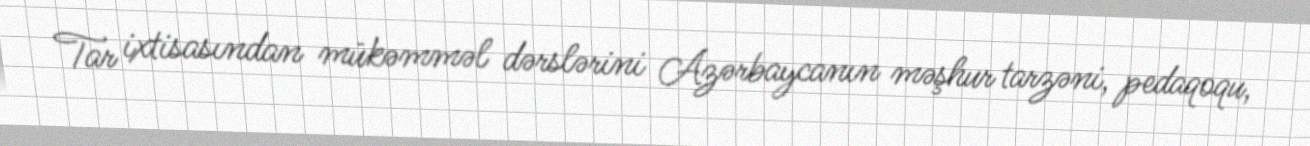
Tar ixtisasından mükəmməl dərslərini Azərbaycanın məşhur tarzəni, pedaqoqu,